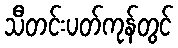
သီတင်းပတ်ကုန်တွင်